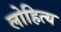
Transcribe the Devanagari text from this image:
लोहित्य